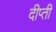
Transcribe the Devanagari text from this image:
दीप्‍ती